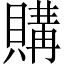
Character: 購